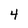
Character: 4